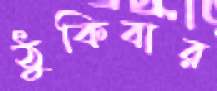
ঠুকিবার